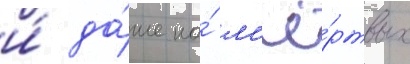
и́ да́же на́ м'ё́ртвых